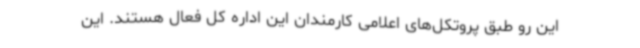
این رو طبق پروتکل‌های اعلامی کارمندان این اداره کل فعال هستند. این